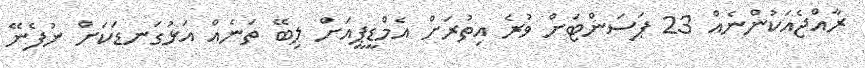
ރާއްޖެއަކުންނެއް 23 ޕަސަންޓަށް ވުރެ އިތުރަށް އެމްޑީޕީއަށް ލިބޭ ތަނެއް އަޅުގަނޑަކަށް ނުފެނޭ